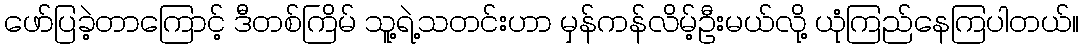
ဖော်ပြခဲ့တာကြောင့် ဒီတစ်ကြိမ် သူ့ရဲ့သတင်းဟာ မှန်ကန်လိမ့်ဦးမယ်လို့ ယုံကြည်နေကြပါတယ်။